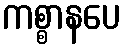
ကစ္စာနပေ